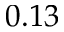
0 . 1 3